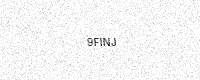
Text: 9FINJ